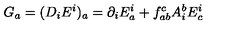
G _ { a } = ( D _ { i } E ^ { i } ) _ { a } = \partial _ { i } E _ { a } ^ { i } + f _ { a b } ^ { c } A _ { i } ^ { b } E _ { c } ^ { i }